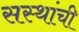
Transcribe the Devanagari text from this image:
सस्थांची